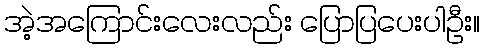
အဲ့အကြောင်းလေးလည်း ပြောပြပေးပါဦး။